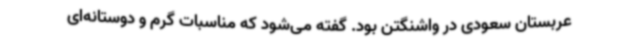
عربستان سعودی در واشنگتن بود. گفته می‌شود که مناسبات گرم و دوستانه‌ای